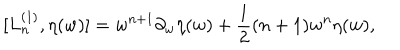
[ L _ { n } ^ { ( 1 ) } , \eta ( w ) ] = w ^ { n + 1 } \partial _ { w } \eta ( w ) + \frac { 1 } { 2 } ( n + 1 ) w ^ { n } \eta ( w ) ,